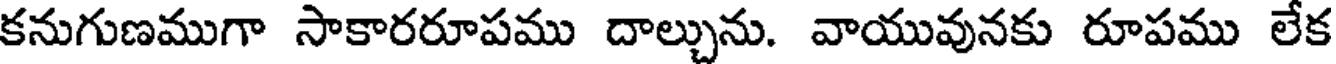
కనుగుణముగా సాకారరూపము దాల్చును. వాయువునకు రూపము లేక